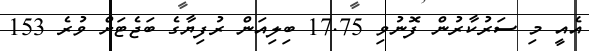
އެއީ މި ސަރުކާރުން ފޮނުވި 17.75 ބިލިއަން ރުފިޔާގެ ބަޖެޓަށް ވުރެ 153